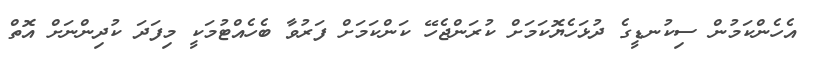
އެހެންކަމުން ސިކުނޑީގެ ދުޅަހެޔޮކަމަށް ކުރަންޖެހޭ ކަންކަމަށް ފަރުވާ ބެހެއްޓުމަކީ މިފަދަ ކުދިންނަށް އޮތް